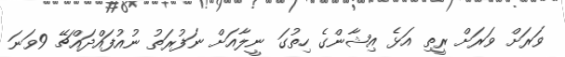
ވަރަށް ވަރަށް ރީތި އަޅެ އިޝާންގެ ހިތުގަ ނީލާއަށް ނަފުރަތު ނުއުފައްދައްޗޭ 9ވަނަ